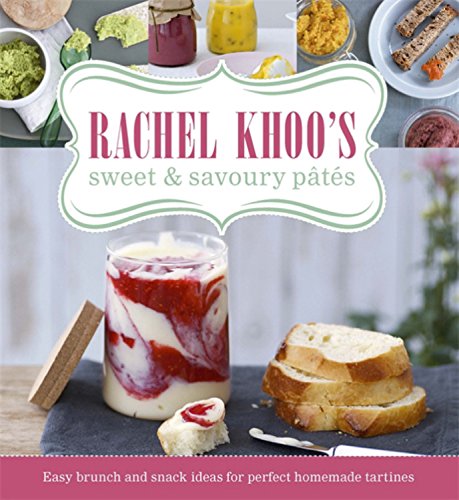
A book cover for Rachel Khoo's Sweet & Savoury PÃ¢tÃ©s; Rachel Khoo; Cookbooks, Food & Wine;